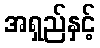
အရှည်နှင့်